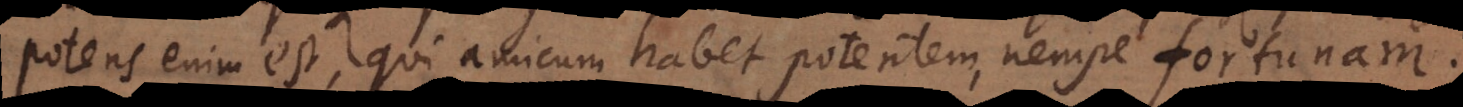
Potens enim est, qui amicum habet potentem, nempe fortunam.